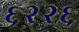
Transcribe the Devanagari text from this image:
६२२६